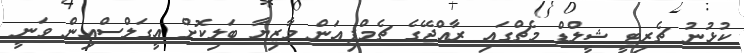
ކުޅުނު ޗެރިޓީ ޝީލްޑް މެޗްގައި ރާއްޖޭގެ ޗެމްޕިއަން މާޒިޔާ ބަލިކޮށް އީގަލްސްއިން ވަނީ